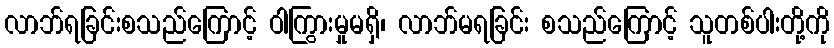
လာဘ်ရခြင်းစသည်ကြောင့် ဝါကြွားမှုမရှိ၊ လာဘ်မရခြင်း စသည်ကြောင့် သူတစ်ပါးတို့ကို